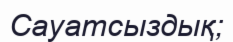
Сауатсыздық;